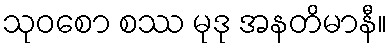
သုဝစော စဿ မုဒု အနတိမာနီ။